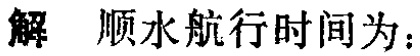
解  顺水航行时间为：